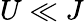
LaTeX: U\ll J